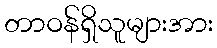
တာဝန်ရှိသူများအား